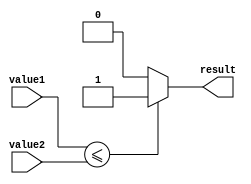
module arithmetic_compare (
    input [31:0] value1,
    input [31:0] value2,
    output reg result
);

always @* begin
    if (value1 <= value2) begin
        result = 1;
    end
    else begin
        result = 0;
    end
end

endmodule